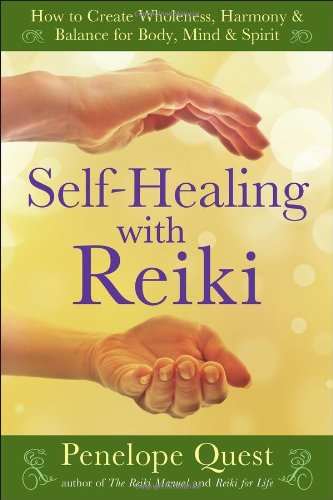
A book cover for Self-Healing with Reiki: How to Create Wholeness, Harmony & Balance for Body, Mind & Spirit; Penelope Quest; Health, Fitness & Dieting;